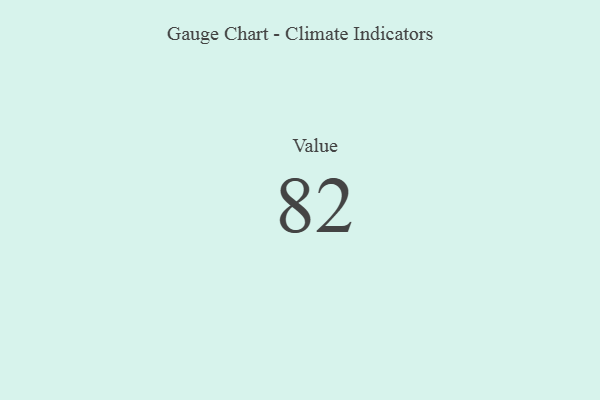
{"axis": {"x": "Metric", "y": "Value"}, "legend": [""], "data": [{"x": "Value", "y": 82, "type": ""}]}